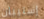
إستيبان